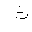
Letter: _tha